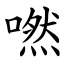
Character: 嘫